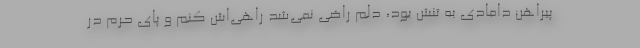
پیراهن دامادی به تنش بود، دلم راضی نمی‌شد راهی‌اش کنم و پای حرم در